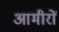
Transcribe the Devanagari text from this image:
आमीरों